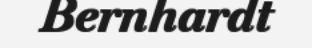
Bernhardt